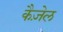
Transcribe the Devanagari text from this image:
कैज़ेल